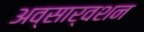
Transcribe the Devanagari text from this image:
अव्सार्वशन